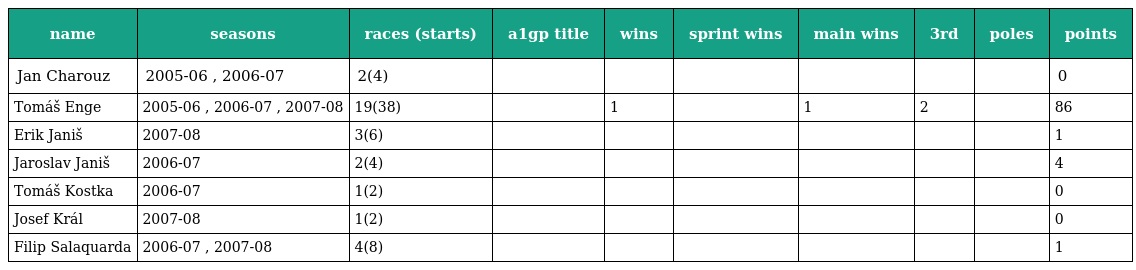
| name | seasons | races (starts) | a1gp title | wins | sprint wins | main wins | 3rd | poles | points |
 | --- | --- | --- | --- | --- | --- | --- | --- | --- | --- |
 | Jan Charouz | 2005-06 , 2006-07 | 2(4) |  |  |  |  |  |  | 0 |
 | Tomáš Enge | 2005-06 , 2006-07 , 2007-08 | 19(38) |  | 1 |  | 1 | 2 |  | 86 |
 | Erik Janiš | 2007-08 | 3(6) |  |  |  |  |  |  | 1 |
 | Jaroslav Janiš | 2006-07 | 2(4) |  |  |  |  |  |  | 4 |
 | Tomáš Kostka | 2006-07 | 1(2) |  |  |  |  |  |  | 0 |
 | Josef Král | 2007-08 | 1(2) |  |  |  |  |  |  | 0 |
 | Filip Salaquarda | 2006-07 , 2007-08 | 4(8) |  |  |  |  |  |  | 1 |